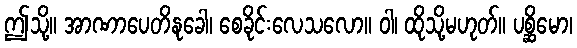
ဤသို့။ အာဏာပေတိနုခေါ၊ စေခိုင်းလေသလော။ ဝါ၊ ထိုသို့မဟုတ်။ ပစ္ဆိမော၊